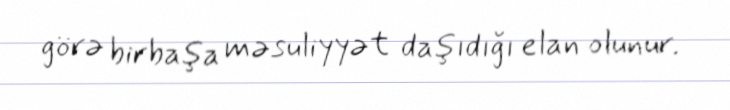
görə birbaşa məsuliyyət daşıdığı elan olunur.